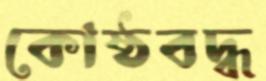
কোষ্ঠবদ্ধ